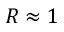
R \approx 1